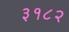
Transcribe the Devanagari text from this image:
३१८२